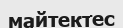
майтектес